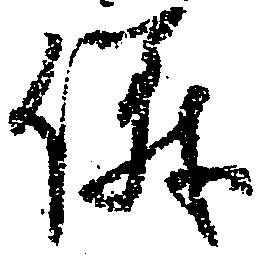
儀